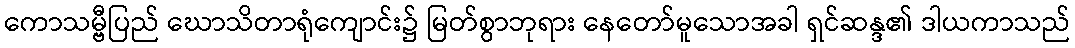
ကောသမ္ဗီပြည် ဃောသိတာရုံကျောင်း၌ မြတ်စွာဘုရား နေတော်မူသောအခါ ရှင်ဆန္ဒ၏ ဒါယကာသည်